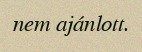
nem ajánlott.